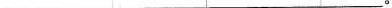
___。